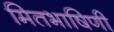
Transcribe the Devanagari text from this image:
मितभाषिणी